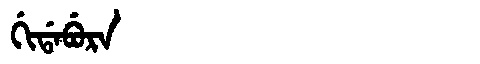
Manchu: ᡤᡳᡩᠠᠪᡠᡵᠠ
Romanization: GIDABURA